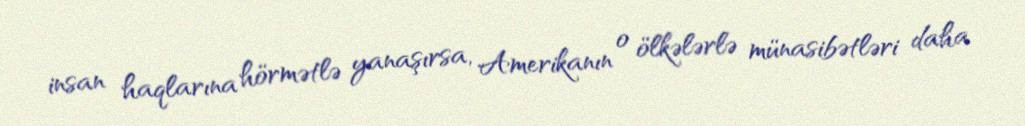
insan haqlarına hörmətlə yanaşırsa, Amerikanın o ölkələrlə münasibətləri daha